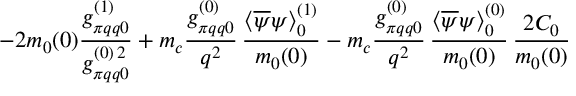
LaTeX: - 2 m _ { 0 } ( 0 ) \frac { g _ { \pi q q 0 } ^ { ( 1 ) } } { g _ { \pi q q 0 } ^ { ( 0 ) \, 2 } } + m _ { c } \frac { g _ { \pi q q 0 } ^ { ( 0 ) } } { q ^ { 2 } } \, \frac { \langle \overline { { { \psi } } } \psi \rangle _ { 0 } ^ { ( 1 ) } } { m _ { 0 } ( 0 ) } - m _ { c } \frac { g _ { \pi q q 0 } ^ { ( 0 ) } } { q ^ { 2 } } \, \frac { \langle \overline { { { \psi } } } \psi \rangle _ { 0 } ^ { ( 0 ) } } { m _ { 0 } ( 0 ) } \, \frac { 2 C _ { 0 } } { m _ { 0 } ( 0 ) }